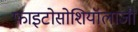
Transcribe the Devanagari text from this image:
फाइटोसोशियॉलाजी